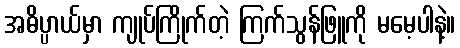
အဓိပ္ပာယ်မှာ ကျုပ်ကြိုက်တဲ့ ကြက်သွန်ဖြူကို မမေ့ပါနဲ့။